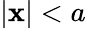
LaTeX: |\mathbf{x}|<a